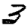
Digit: 3